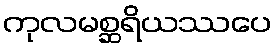
ကုလမစ္ဆရိယဿပေ